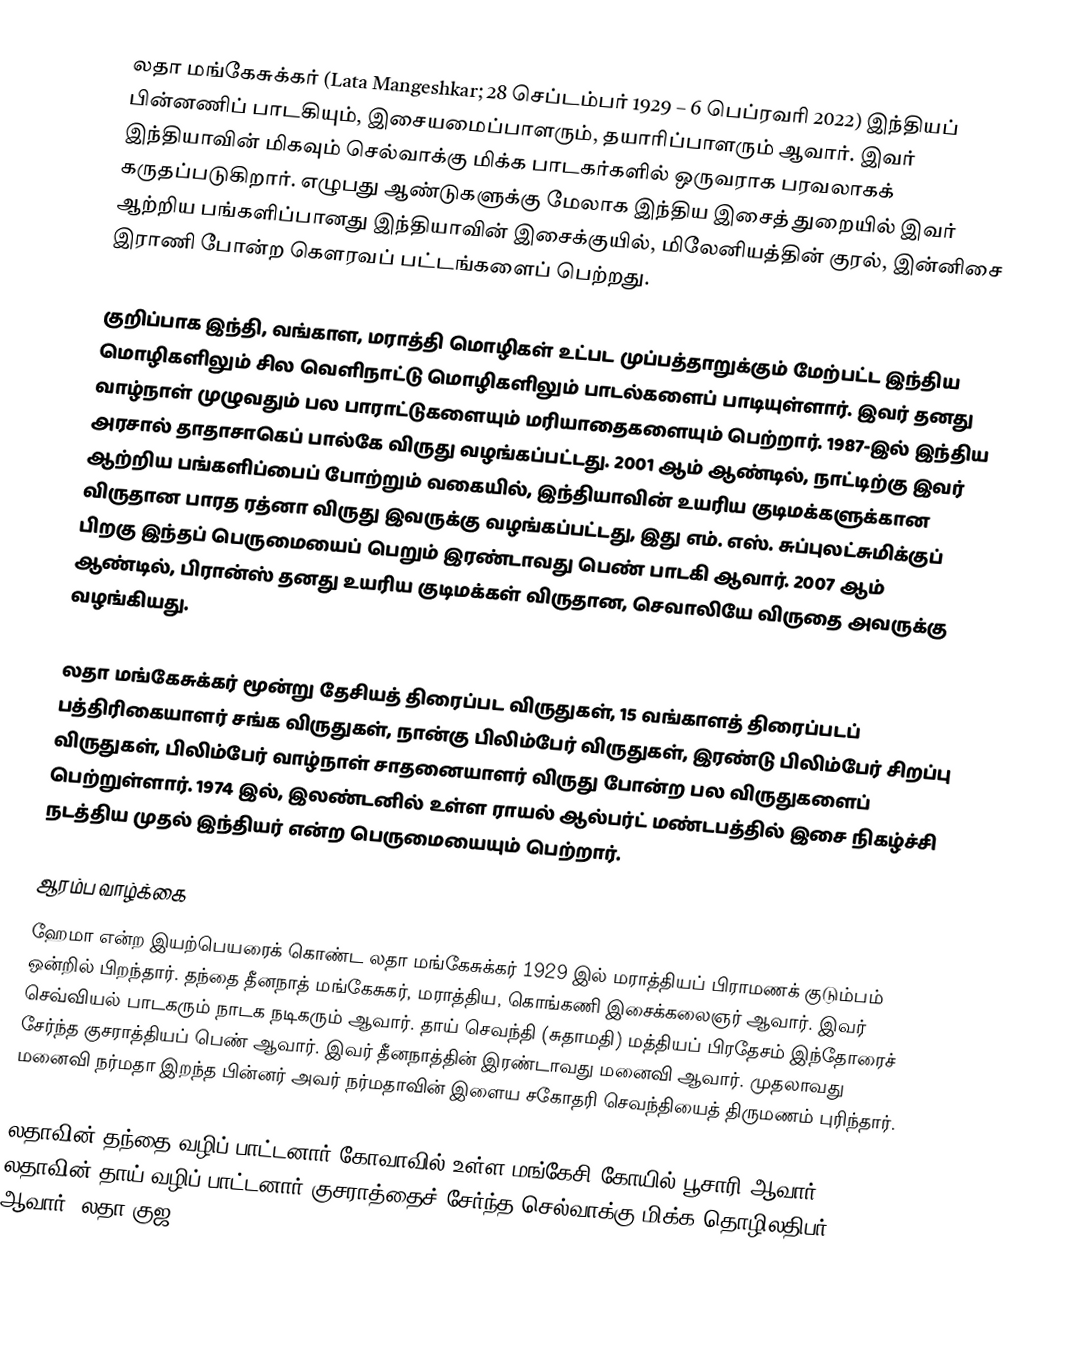
லதா மங்கேசுக்கர் (Lata Mangeshkar; 28 செப்டம்பர் 1929 – 6 பெப்ரவரி 2022) இந்தியப் பின்னணிப் பாடகியும், இசையமைப்பாளரும், தயாரிப்பாளரும் ஆவார். இவர் இந்தியாவின் மிகவும் செல்வாக்கு மிக்க பாடகர்களில் ஒருவராக பரவலாகக் கருதப்படுகிறார். எழுபது ஆண்டுகளுக்கு மேலாக இந்திய இசைத் துறையில் இவர் ஆற்றிய பங்களிப்பானது இந்தியாவின் இசைக்குயில், மிலேனியத்தின் குரல், இன்னிசை இராணி போன்ற கௌரவப் பட்டங்களைப் பெற்றது.

குறிப்பாக இந்தி, வங்காள, மராத்தி மொழிகள் உட்பட முப்பத்தாறுக்கும் மேற்பட்ட இந்திய மொழிகளிலும் சில வெளிநாட்டு மொழிகளிலும் பாடல்களைப் பாடியுள்ளார். இவர் தனது வாழ்நாள் முழுவதும் பல பாராட்டுகளையும் மரியாதைகளையும் பெற்றார். 1987-இல் இந்திய அரசால் தாதாசாகெப் பால்கே விருது வழங்கப்பட்டது. 2001 ஆம் ஆண்டில், நாட்டிற்கு இவர் ஆற்றிய பங்களிப்பைப் போற்றும் வகையில், இந்தியாவின் உயரிய குடிமக்களுக்கான விருதான பாரத ரத்னா விருது இவருக்கு வழங்கப்பட்டது, இது எம். எஸ். சுப்புலட்சுமிக்குப் பிறகு இந்தப் பெருமையைப் பெறும் இரண்டாவது பெண் பாடகி ஆவார். 2007 ஆம் ஆண்டில், பிரான்ஸ் தனது உயரிய குடிமக்கள் விருதான, செவாலியே விருதை அவருக்கு வழங்கியது.

லதா மங்கேசுக்கர் மூன்று தேசியத் திரைப்பட விருதுகள், 15 வங்காளத் திரைப்படப் பத்திரிகையாளர் சங்க விருதுகள், நான்கு பிலிம்பேர் விருதுகள், இரண்டு பிலிம்பேர் சிறப்பு விருதுகள், பிலிம்பேர் வாழ்நாள் சாதனையாளர் விருது போன்ற பல விருதுகளைப் பெற்றுள்ளார். 1974 இல், இலண்டனில் உள்ள ராயல் ஆல்பர்ட் மண்டபத்தில் இசை நிகழ்ச்சி நடத்திய முதல் இந்தியர் என்ற பெருமையையும் பெற்றார்.

ஆரம்ப வாழ்க்கை
ஹேமா என்ற இயற்பெயரைக் கொண்ட லதா மங்கேசுக்கர் 1929 இல் மராத்தியப் பிராமணக் குடும்பம் ஒன்றில் பிறந்தார். தந்தை தீனநாத் மங்கேசுகர், மராத்திய, கொங்கணி இசைக்கலைஞர் ஆவார். இவர் செவ்வியல் பாடகரும் நாடக நடிகரும் ஆவார். தாய் செவந்தி (சுதாமதி) மத்தியப் பிரதேசம் இந்தோரைச் சேர்ந்த குசராத்தியப் பெண் ஆவார். இவர் தீனநாத்தின் இரண்டாவது மனைவி ஆவார். முதலாவது மனைவி நர்மதா இறந்த பின்னர் அவர் நர்மதாவின் இளைய சகோதரி செவந்தியைத் திருமணம் புரிந்தார்.

லதாவின் தந்தை-வழிப் பாட்டனார் கோவாவில் உள்ள மங்கேசி கோயில் பூசாரி ஆவார். லதாவின் தாய்-வழிப் பாட்டனார் குசராத்தைச் சேர்ந்த செல்வாக்கு மிக்க தொழிலதிபர் ஆவார். லதா குஜ